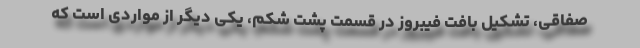
صفاقی، تشکیل بافت فیبروز در قسمت پشت شکم، یکی دیگر از مواردی است که